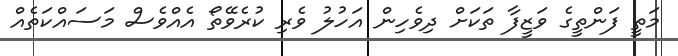
މަތީ ފަންތީގެ ވަޒީފާ ތަކަށް ދިވެހިން އަހުލު ވެރި ކުރެވޭތޯ އެއްވެސް މަސައްކަތެއް